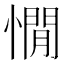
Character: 憪